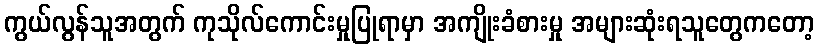
ကွယ်လွန်သူအတွက် ကုသိုလ်ကောင်းမှုပြုရာမှာ အကျိုးခံစားမှု အများဆုံးရသူတွေကတော့